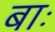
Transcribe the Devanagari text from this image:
बाः